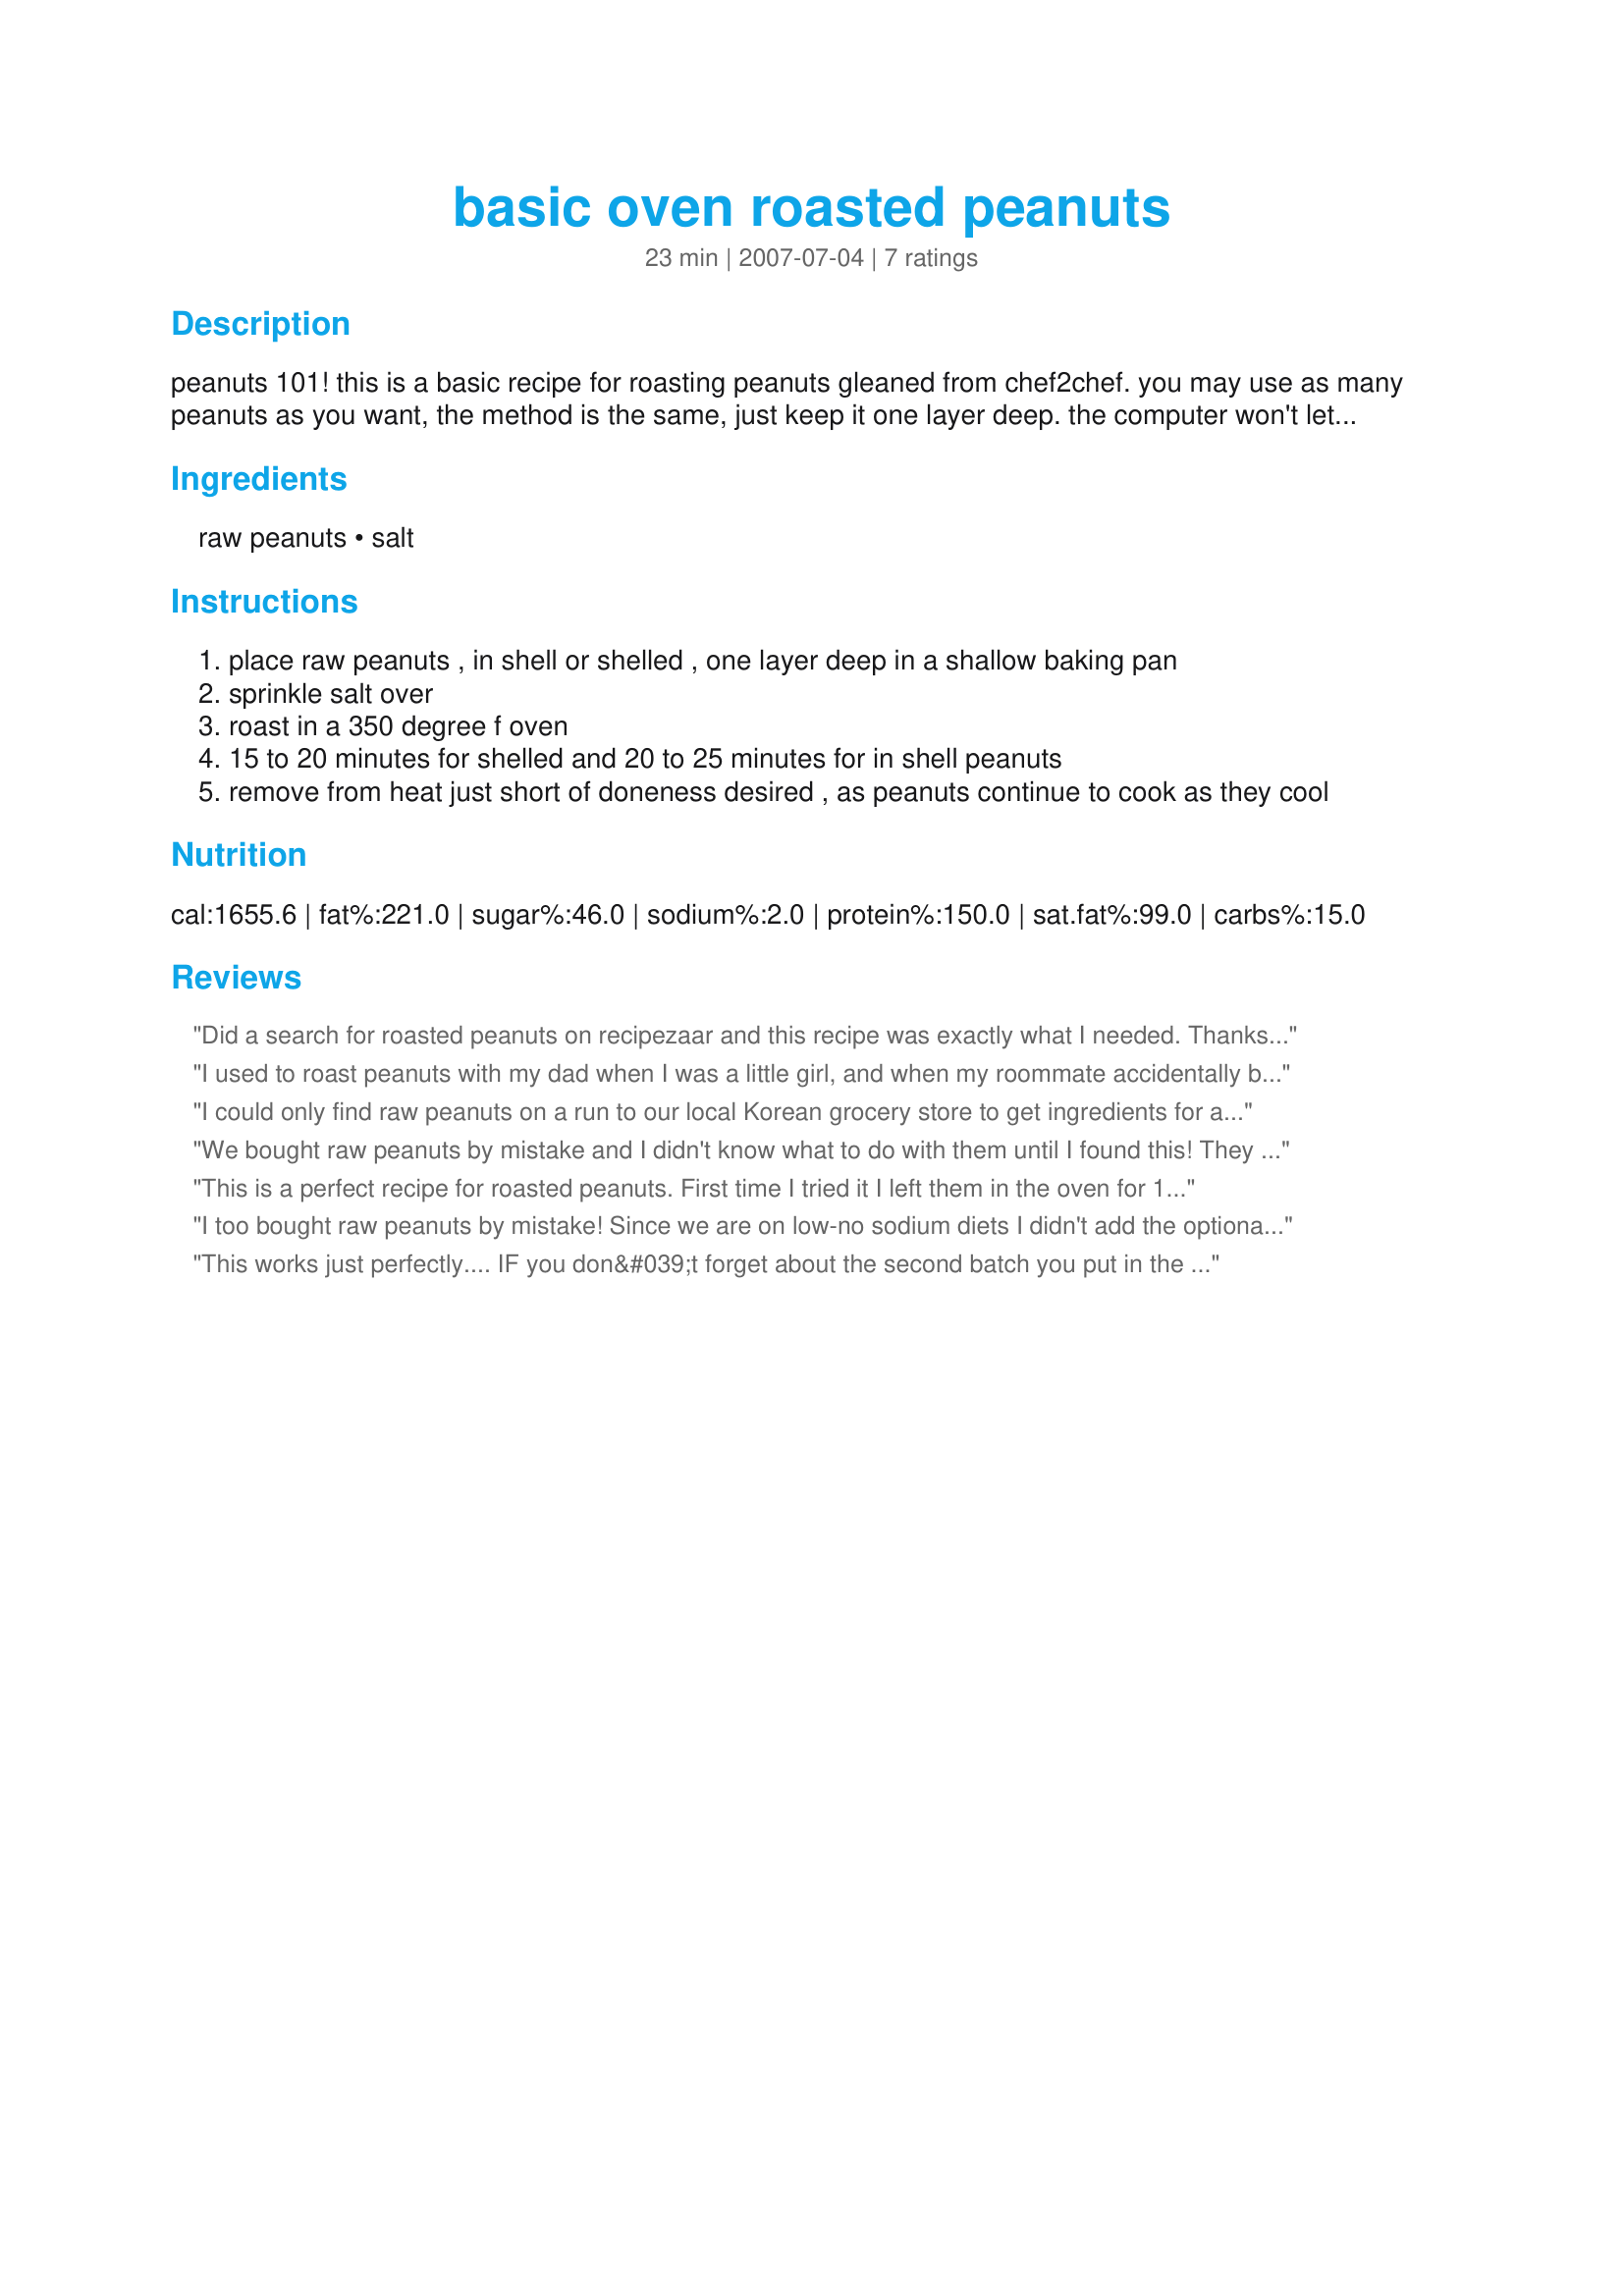
basic oven roasted peanuts
Preparation time: 23 minutes

peanuts 101! this is a basic recipe for roasting peanuts gleaned from chef2chef. you may use as many peanuts as you want, the method is the same, just keep it one layer deep. the computer won't let me list one ingredient, so i have added salt. you may use or not.

Ingredients:
raw peanuts, salt

Steps:
place raw peanuts , in shell or shelled , one layer deep in a shallow baking pan
sprinkle salt over
roast in a 350 degree f oven
15 to 20 minutes for shelled and 20 to 25 minutes for in shell peanuts
remove from heat just short of doneness desired , as peanuts continue to cook as they cool

Reviews:
Did a search for roasted peanuts on recipezaar and this recipe was exactly what I needed. Thanks for sharing!
I used to roast peanuts with my dad when I was a little girl, and when my roommate accidentally bought a bag of raw peanuts, I thought I'd pull up my big-girl panties and try it myself! It was just as fun as I remember, and I guess it helps that I love to cook. That being said, I ran into so many problems! I took them out after 20 minutes to check, and they were still raw. So I stirred them around and put them back in for 20 minutes. STILL RAW! It took a good hour and a half to VERY unevenly roast these peanuts. Long story short, maybe I'm an idiot who is a great cook but cannot follow an idiot-proof recipe, or maybe my memories are a bit skewed, but I am definitely calling my dad before I try this again! When they were done, they tasted delicious
I could only find raw peanuts on a run to our local Korean grocery store to get ingredients for a favourite peanut noodle dish that we top wth crushed peanuts. The peanuts turned out beautifully and smell and taste even better! I won't want to use the jarred ones anymore!
We bought raw peanuts by mistake and I didn't know what to do with them until I found this! They taste great. My husband says they taste like peanut butter. :-)

The first time I made them I tried sprinkling them with salt but it just fell off. The second time I made them, I soaked the peanuts in water with about 1 cup of salt disolved in it. I soaked them in the salt water overnight. Then I set them out to dry for a few hours. I adjusted the cooking time a little longer at 275 degrees to account for the extra moisture. They turned out great. Same great taste as the original recipe, but with a light salty taste. Next time I might add even more salt and soak a little longer. Either way, Sharon's recipe is wonderful!
This is a perfect recipe for roasted peanuts. First time I tried it I left them in the oven for 15 min. Not done enough for me. The second time I tried 20 min and they were perfect. Just what I was looking for. 
Thanks!
I too bought raw peanuts by mistake! Since we are on low-no sodium diets I didn't add the optional salt! Thanks for posting!
This works just perfectly.... IF you don&#039;t forget about the second batch you put in the oven. :). First batch I used red paper, raw peanuts, for 20 mins exactly and they were perfect. Did the same with raw cashews and made homemade peanut cashew butter in the Vitamix. Oh mah goodness! That roasted taste just can&#039;t be beat. Since I don&#039;t salt the nuts to roast, I added approx. 1/4 tsp during the grinding process to mix it in and help to bring that roasted goodness out when finished. It was perfect! Thanks for this so simple recipe! Edit: Forgot to add your stars! Thx for a great recipe. :)
